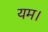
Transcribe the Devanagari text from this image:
यम।